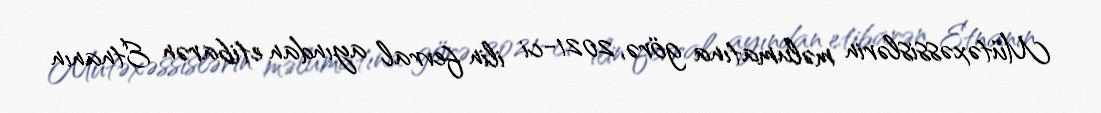
Mütəxəssislərin məlumatına görə, 2021-ci ilin fevral ayından etibarən Etnanın